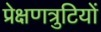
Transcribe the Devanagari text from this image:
प्रेक्षणत्रुटियों